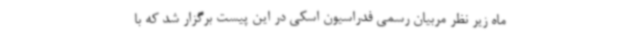
ماه زیر نظر مربیان رسمی فدراسیون اسکی در این پیست برگزار شد که با